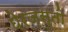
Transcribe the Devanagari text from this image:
घेरजस्तो